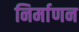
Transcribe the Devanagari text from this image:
निर्माणन